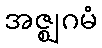
အဇ္ဈဂမံ